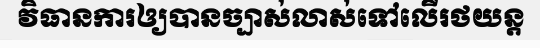
វិធានការឲ្យបានច្បាស់លាស់ទៅលើរថយន្ត